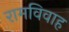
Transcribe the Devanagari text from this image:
रामविवाह